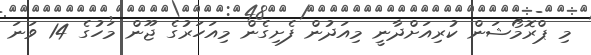
މި ޕްރޮމޯޝަން ކުރިއަށްދާނީ މިއަދުން ފެށިގެން މިއަހަރުގެ ޖޫން މަހުގެ 14 ވަނަ